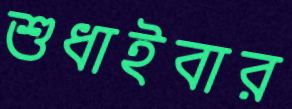
শুধাইবার